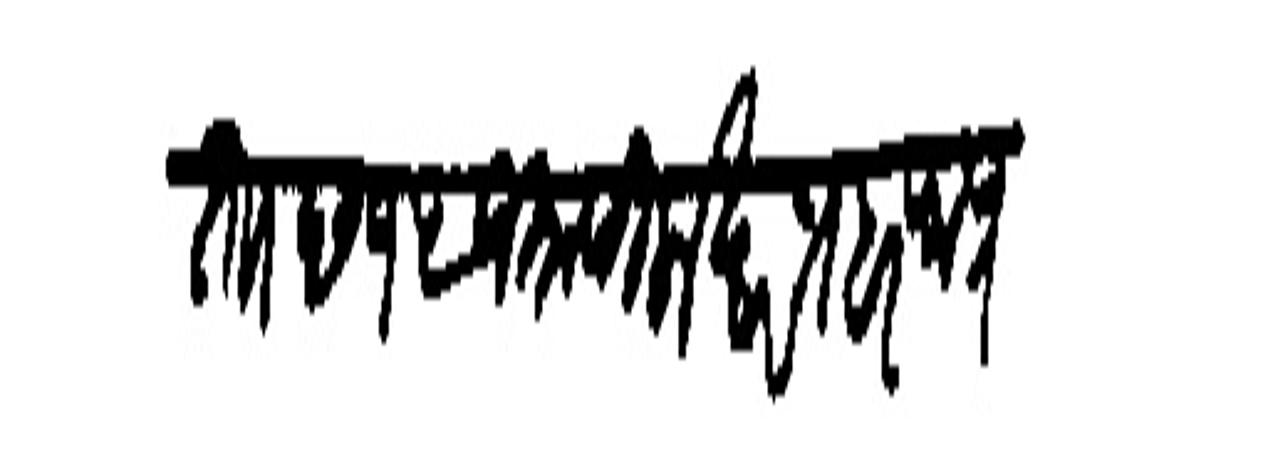
Transliteration (Devanagari): ता छ १५ जमादिलाखर प्रहर रात्र